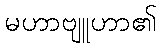
မဟာဗျူဟာ၏